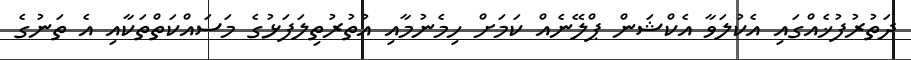
ދަތުރުފުޚެއްގައި އެކުލަވާ އެކްޝަން ޕްލޭނެއް ކަމަށް ހިމެނުމާއި އުތުރުތިލަފަޅުގެ މަސައްކަތްތަކާއި އެ ތަނުގެ